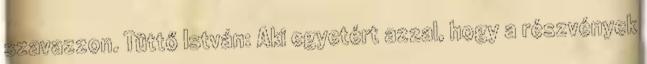
szavazzon. Tüttő István: Aki egyetért azzal, hogy a részvények